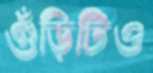
গুঁড়িটিও